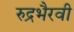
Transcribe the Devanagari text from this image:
रुद्रभैरवी